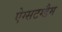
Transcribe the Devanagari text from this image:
ऐग्सटग्डैम